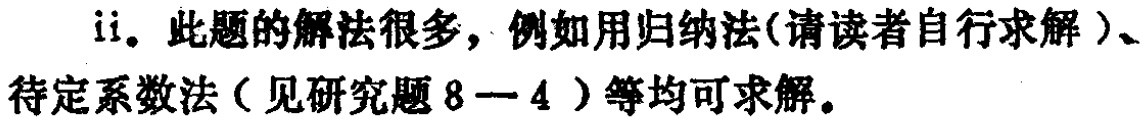
ii. 此题的解法很多，例如用归纳法(请读者自行求解)、待定系数法（见研究题8—4）等均可求解。